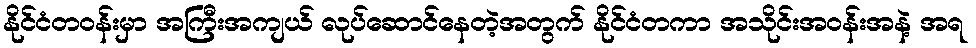
နိုင်ငံတဝန်းမှာ အကြီးအကျယ် လုပ်ဆောင်နေတဲ့အတွက် နိုင်ငံတကာ အသိုင်းအဝန်းအနဲ့ အရ